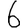
Digit: 6